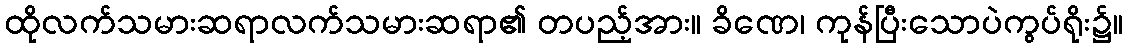
ထိုလက်သမားဆရာလက်သမားဆရာ၏ တပည့်အား။ ခိဏေ၊ ကုန်ပြီးသောပဲကွပ်ရိုး၌။